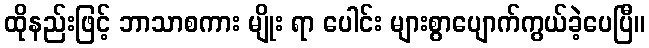
ထိုနည်းဖြင့် ဘာသာစကား မျိုး ရာ ပေါင်း များစွာပျောက်ကွယ်ခဲ့ပေပြီ။